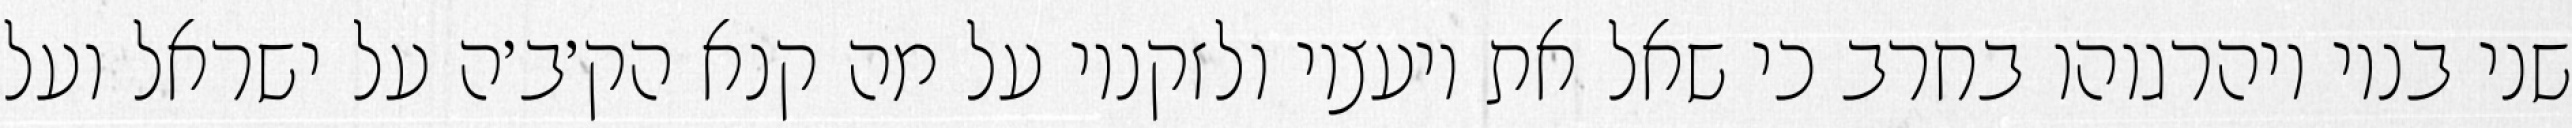
שני בניו ויהרגוהו בחרב כי שאל את יועציו ולזקניו על מה קנא הק׳ב׳ה על ישראל ועל